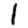
Digit: 1